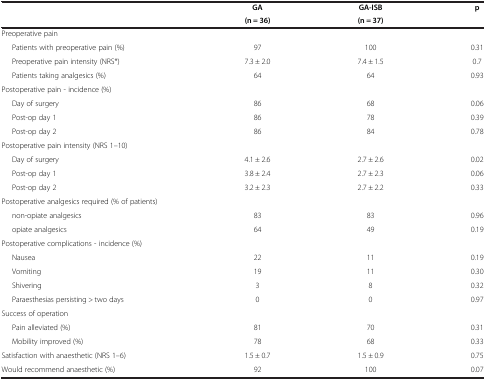
<table><thead><tr><td><b> </b></td><td><b>GA</b></td><td><b>GA-ISB</b></td><td><b>p</b></td></tr><tr><td><b> </b></td><td><b>(n = 36)</b></td><td><b>(n = 37)</b></td><td><b> </b></td></tr></thead><tbody><tr><td>Preoperative pain</td><td> </td><td> </td><td> </td></tr><tr><td>Patients with preoperative pain (%)</td><td>97</td><td>100</td><td>0.31</td></tr><tr><td>Preoperative pain intensity (NRS*)</td><td>7.3 ± 2.0</td><td>7.4 ± 1.5</td><td>0.7</td></tr><tr><td>Patients taking analgesics (%)</td><td>64</td><td>64</td><td>0.93</td></tr><tr><td>Postoperative pain - incidence (%)</td><td> </td><td> </td><td> </td></tr><tr><td>Day of surgery</td><td>86</td><td>68</td><td>0.06</td></tr><tr><td>Post-op day 1</td><td>86</td><td>78</td><td>0.39</td></tr><tr><td>Post-op day 2</td><td>86</td><td>84</td><td>0.78</td></tr><tr><td>Postoperative pain intensity (NRS 1–10)</td><td> </td><td> </td><td> </td></tr><tr><td>Day of surgery</td><td>4.1 ± 2.6</td><td>2.7 ± 2.6</td><td>0.02</td></tr><tr><td>Post-op day 1</td><td>3.8 ± 2.4</td><td>2.7 ± 2.3</td><td>0.06</td></tr><tr><td>Post-op day 2</td><td>3.2 ± 2.3</td><td>2.7 ± 2.2</td><td>0.33</td></tr><tr><td>Postoperative analgesics required (% of patients)</td><td> </td><td> </td><td> </td></tr><tr><td>non-opiate analgesics</td><td>83</td><td>83</td><td>0.96</td></tr><tr><td>opiate analgesics</td><td>64</td><td>49</td><td>0.19</td></tr><tr><td>Postoperative complications - incidence (%)</td><td> </td><td> </td><td> </td></tr><tr><td>Nausea</td><td>22</td><td>11</td><td>0.19</td></tr><tr><td>Vomiting</td><td>19</td><td>11</td><td>0.30</td></tr><tr><td>Shivering</td><td>3</td><td>8</td><td>0.32</td></tr><tr><td>Paraesthesias persisting &gt; two days</td><td>0</td><td>0</td><td>0.97</td></tr><tr><td>Success of operation</td><td> </td><td> </td><td> </td></tr><tr><td>Pain alleviated (%)</td><td>81</td><td>70</td><td>0.31</td></tr><tr><td>Mobility improved (%)</td><td>78</td><td>68</td><td>0.33</td></tr><tr><td>Satisfaction with anaesthetic (NRS 1–6)</td><td>1.5 ± 0.7</td><td>1.5 ± 0.9</td><td>0.75</td></tr><tr><td>Would recommend anaesthetic (%)</td><td>92</td><td>100</td><td>0.07</td></tr></tbody></table>